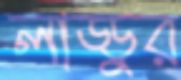
লাড্ডুর